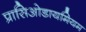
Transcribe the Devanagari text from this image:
प्रासिओडायमियम